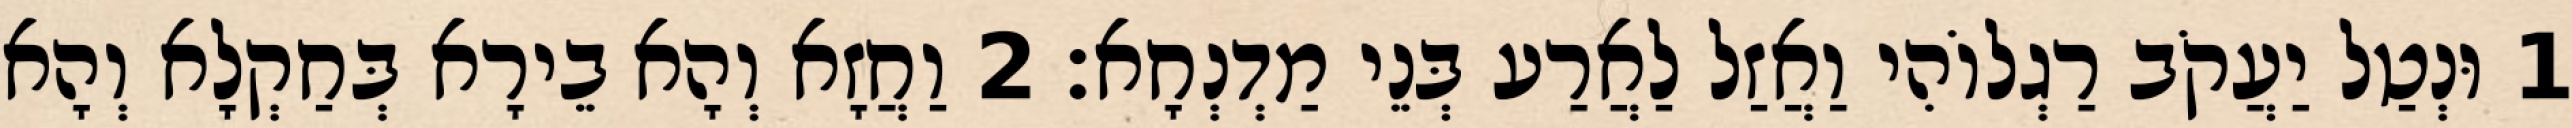
1 וּנְטַל יַעֲקֹב רַגְלוֹהִי וַאֲזַל לַאֲרַע בְּנֵי מַדְנְחָא׃ 2 וַחֲזָא וְהָא בֵירָא בְּחַקְלָא וְהָא